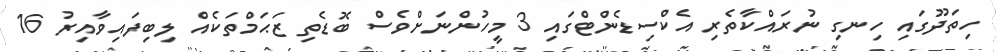
ހިތަދޫގައި ހިނގި ނުރައްކާތެރި އެކްސިޑެންޓްގައި 3 މީހުންނަށްވެސް ބޮޑެތި ޒަޙަމްތަކެއް ލިބިފައިވާއިރު 16